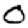
Digit: 0